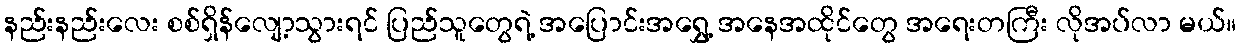
နည်းနည်းလေး စစ်ရှိန်လျော့သွားရင် ပြည်သူတွေရဲ့ အပြောင်းအရွှေ့ အနေအထိုင်တွေ အရေးတကြီး လိုအပ်လာ မယ်။